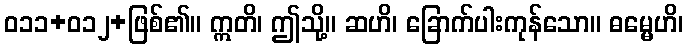
ဝ၁၁+၀၁၂+ဖြစ်၏။ ဣတိ၊ ဤသို့။ ဆဟိ၊ ခြောက်ပါးကုန်သော။ ဓမ္မေဟိ၊